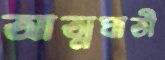
আত্মঘাতী